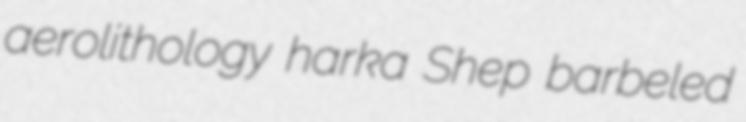
aerolithology harka Shep barbeled